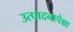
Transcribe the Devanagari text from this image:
उत्पादनापेक्षा